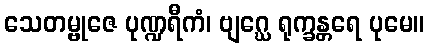
သေတမ္ဗုဇေ ပုဏ္ဍရီကံ၊ ဗျဂ္ဃေ ရုက္ခန္တရေ ပုမေ။